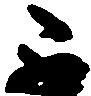
不